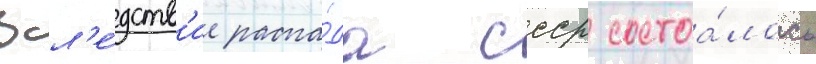
Всл'е́дств'ие распа́да ссср состоа́лось